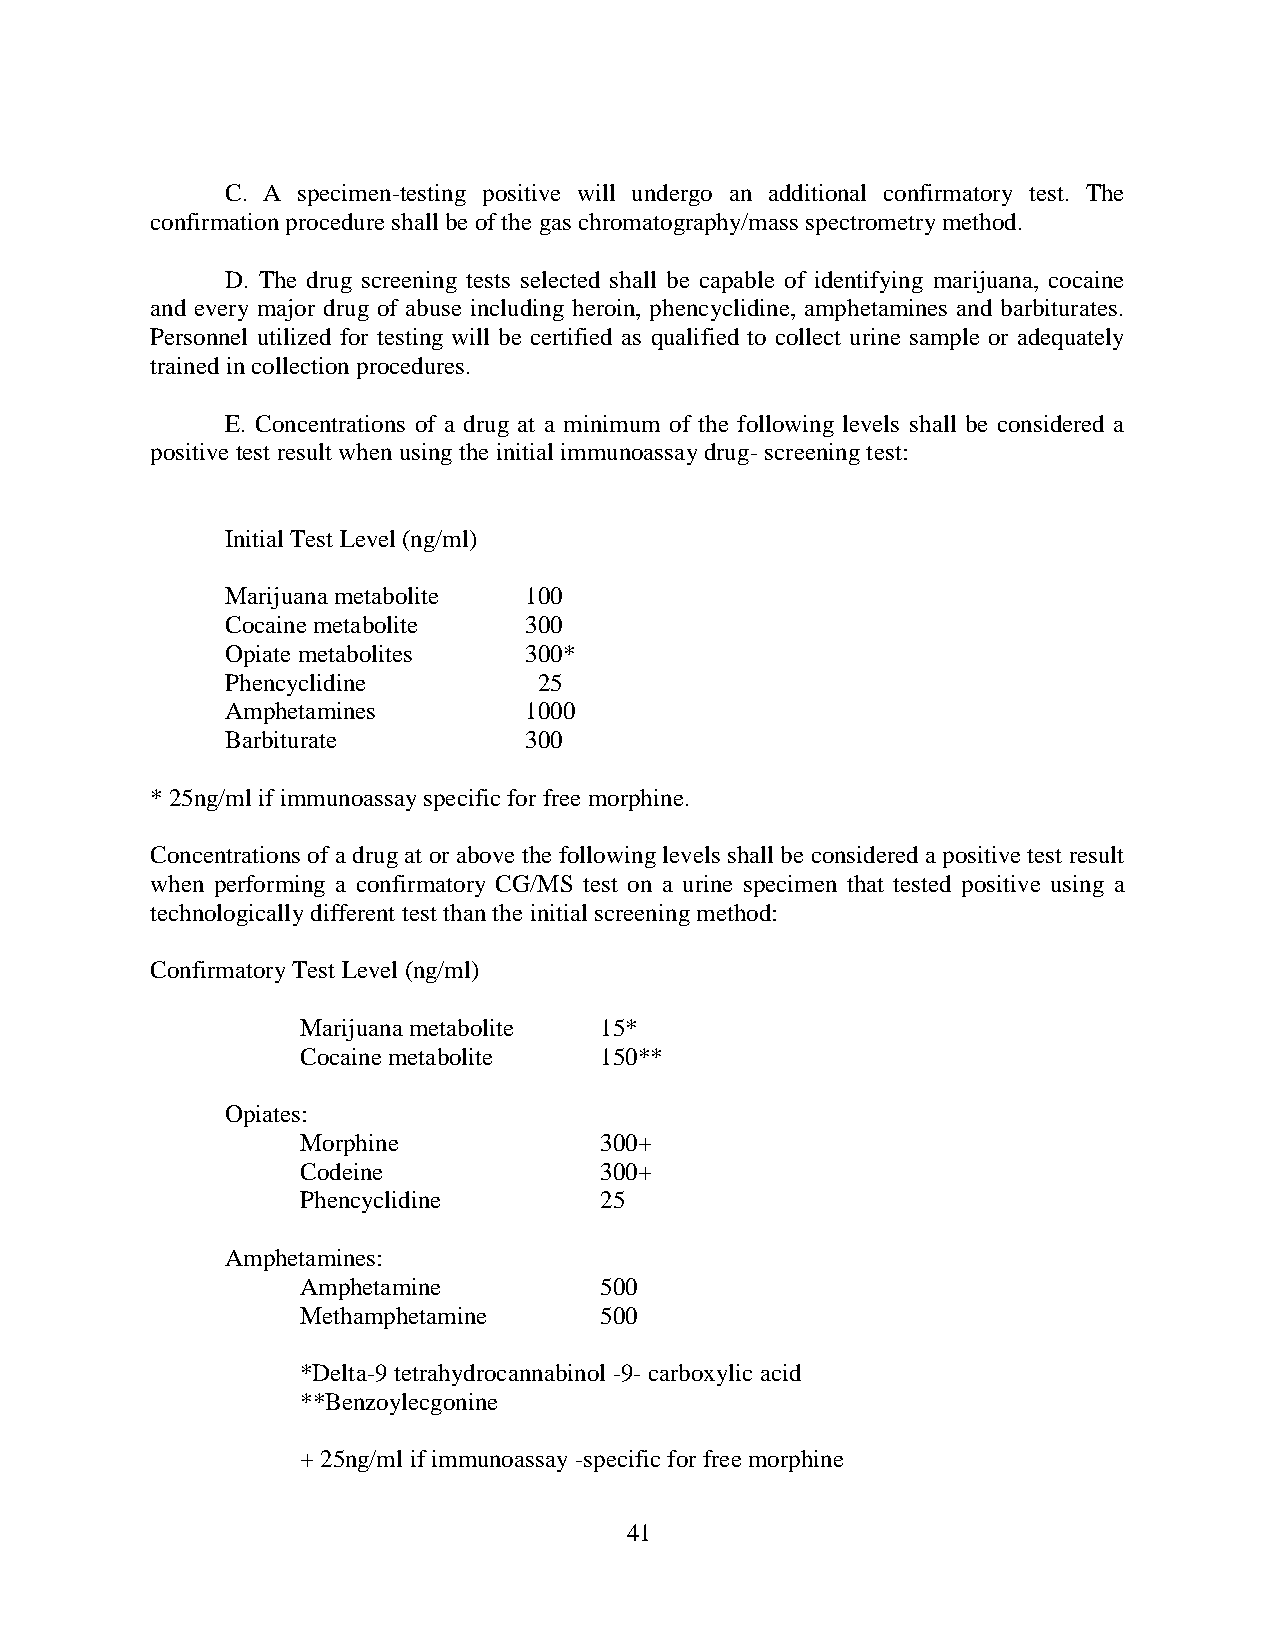
C. A specimen-testing positive will undergo an additional confirmatory test. The
 confirmation procedure shall be of the gas chromatography/mass spectrometry method.
 D. The drug screening tests selected shall be capable of identifying marijuana, cocaine
 and every major drug of abuse including heroin, phencyclidine, amphetamines and barbiturates.
 Personnel utilized for testing will be certified as qualified to collect urine sample or adequately
 trained in collection procedures.
 E. Concentrations of a drug at a minimum of the following levels shall be considered a
 positive test result when using the initial immunoassay drug- screening test:
 Initial Test Level (ng/ml)
 Marijuana metabolite 100
 Cocaine metabolite  300
 Opiate metabolites  300*
 Phencyclidine        25
 Amphetamines        1000
 Barbiturate         300
 * 25ng/ml if immunoassay specific for free morphine.
 Concentrations of a drug at or above the following levels shall be considered a positive test result
 when performing a confirmatory CG/MS test on a urine specimen that tested positive using a
 technologically different test than the initial screening method:
 Confirmatory Test Level (ng/ml)
 Marijuana metabolite 15*
 Cocaine metabolite  150**
 Opiates:
 Morphine            300+
 Codeine             300+
 Phencyclidine       25
 Amphetamines:
 Amphetamine         500
 Methamphetamine     500
 *Delta-9 tetrahydrocannabinol -9- carboxylic acid
 **Benzoylecgonine
 + 25ng/ml if immunoassay -specific for free morphine
 41